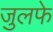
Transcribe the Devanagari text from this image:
जुलफे